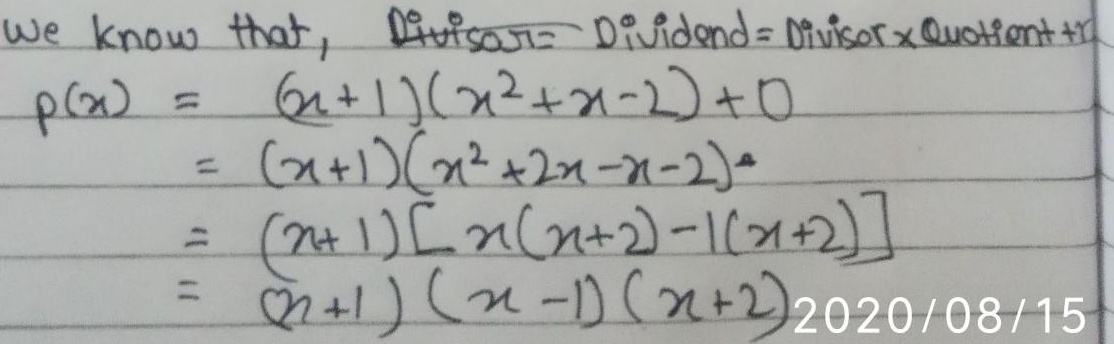
我们知道，\(\text{Dividend}=\text{Divisor}\times\text{Quotient}+\text{Remainder}\)
\[
\begin{align*}
p(x)&=(x + 1)(x^{2}+x - 2)+0\\
&=(x + 1)(x^{2}+2x - x - 2)\\
&=(x + 1)[x(x + 2)-1(x + 2)]\\
&=(x + 1)(x - 1)(x + 2)
\end{align*}
\]
2020/08/15